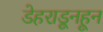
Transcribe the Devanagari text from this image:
डेहराडूनहून